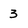
Character: 3